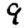
Digit: 9